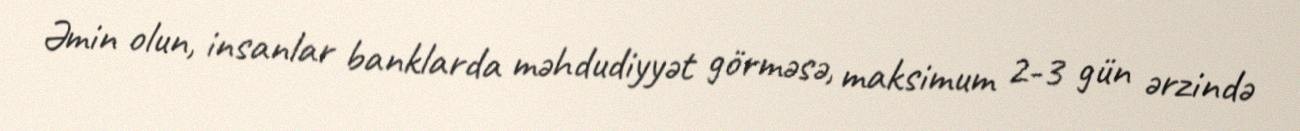
Əmin olun, insanlar banklarda məhdudiyyət görməsə, maksimum 2-3 gün ərzində